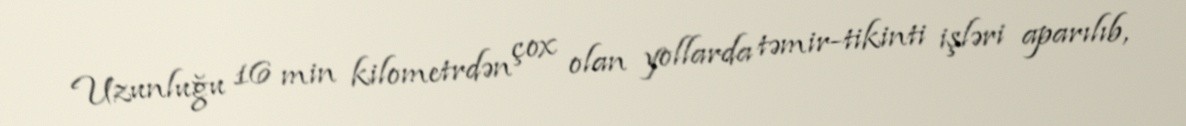
Uzunluğu 16 min kilometrdən çox olan yollarda təmir-tikinti işləri aparılıb,